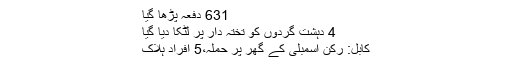
631 دفعہ پڑھا گیا
4 دہشت گردوں کو تختہ دار پر لٹکا دیا گیا
کابل: رکن اسمبلی کے گھر پر حملہ،5 افراد ہلاک